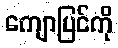
ကျောပြင်ကို